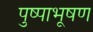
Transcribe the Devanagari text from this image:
पुष्पाभूषण